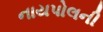
નાયપોલની